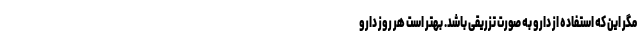
مگر این که استفاده از دارو به صورت تزریقی باشد. بهتر است هر روز دارو